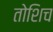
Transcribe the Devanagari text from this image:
तोशिच